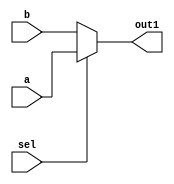
module bitmux_5 (a,b,out1,sel);
input[4:0]a,b;
input sel ;
output[4:0] out1;
assign out1 =(sel)?a:b;
endmodule